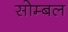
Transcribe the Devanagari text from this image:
सोम्बल